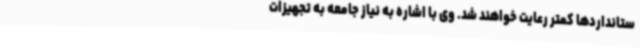
ستانداردها کمتر رعایت خواهند شد. وی با اشاره به نیاز جامعه به تجهیزات